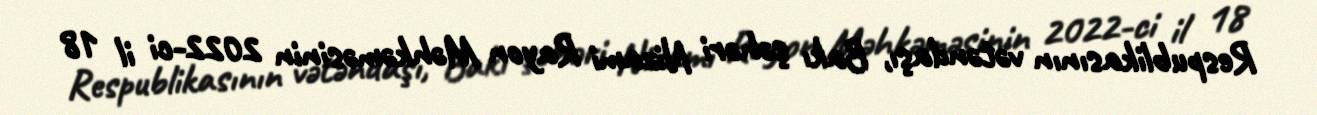
Respublikasının vətəndaşı, Bakı şəhəri Nizami Rayon Məhkəməsinin 2022-ci il 18